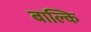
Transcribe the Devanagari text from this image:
बाल्कि